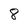
Character: 8